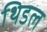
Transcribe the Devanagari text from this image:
थिडल